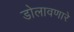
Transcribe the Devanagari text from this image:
डोलावणारे